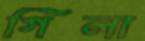
গিলা